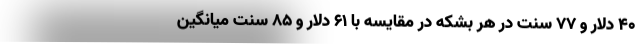
۴۰ دلار و ۷۷ سنت در هر بشکه در مقایسه با ۶۱ دلار و ۸۵ سنت میانگین